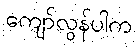
ကျော်လွန်ပါက